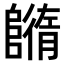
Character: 𨼕